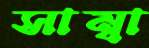
সাম্বা